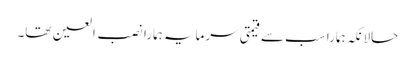
حالانکہ ہمارا سب سے قیمتی سرمایہ ہمارا نصب العین تھا۔